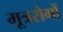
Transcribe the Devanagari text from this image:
मूत्ररोगों